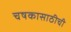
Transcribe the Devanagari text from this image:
चषकासाठीची